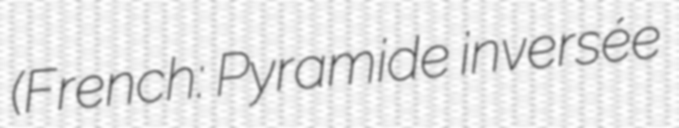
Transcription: (French: Pyramide inversée